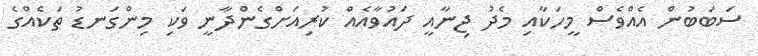
ސަބަބުން އެއްވެސް މީހަކާއި މެދު ޖިނާއީ ދައުވާއެއް ކުރިއަށްގެންދާނީ ވަކި މިންގަނޑު ތަކެއްގެ